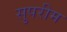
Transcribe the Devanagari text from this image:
सुपरीम